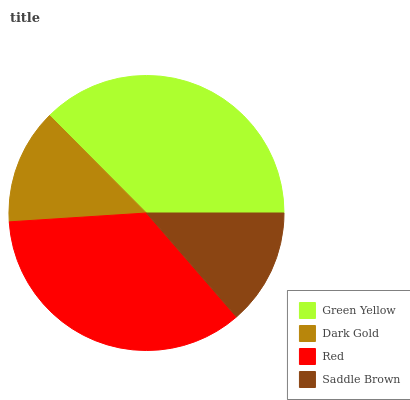
| Green Yellow | Dark Gold | Red | Saddle Brown |
 | --- | --- | --- | --- |
 | 37.4% | 13.6% | 35.4% | 13.6% |